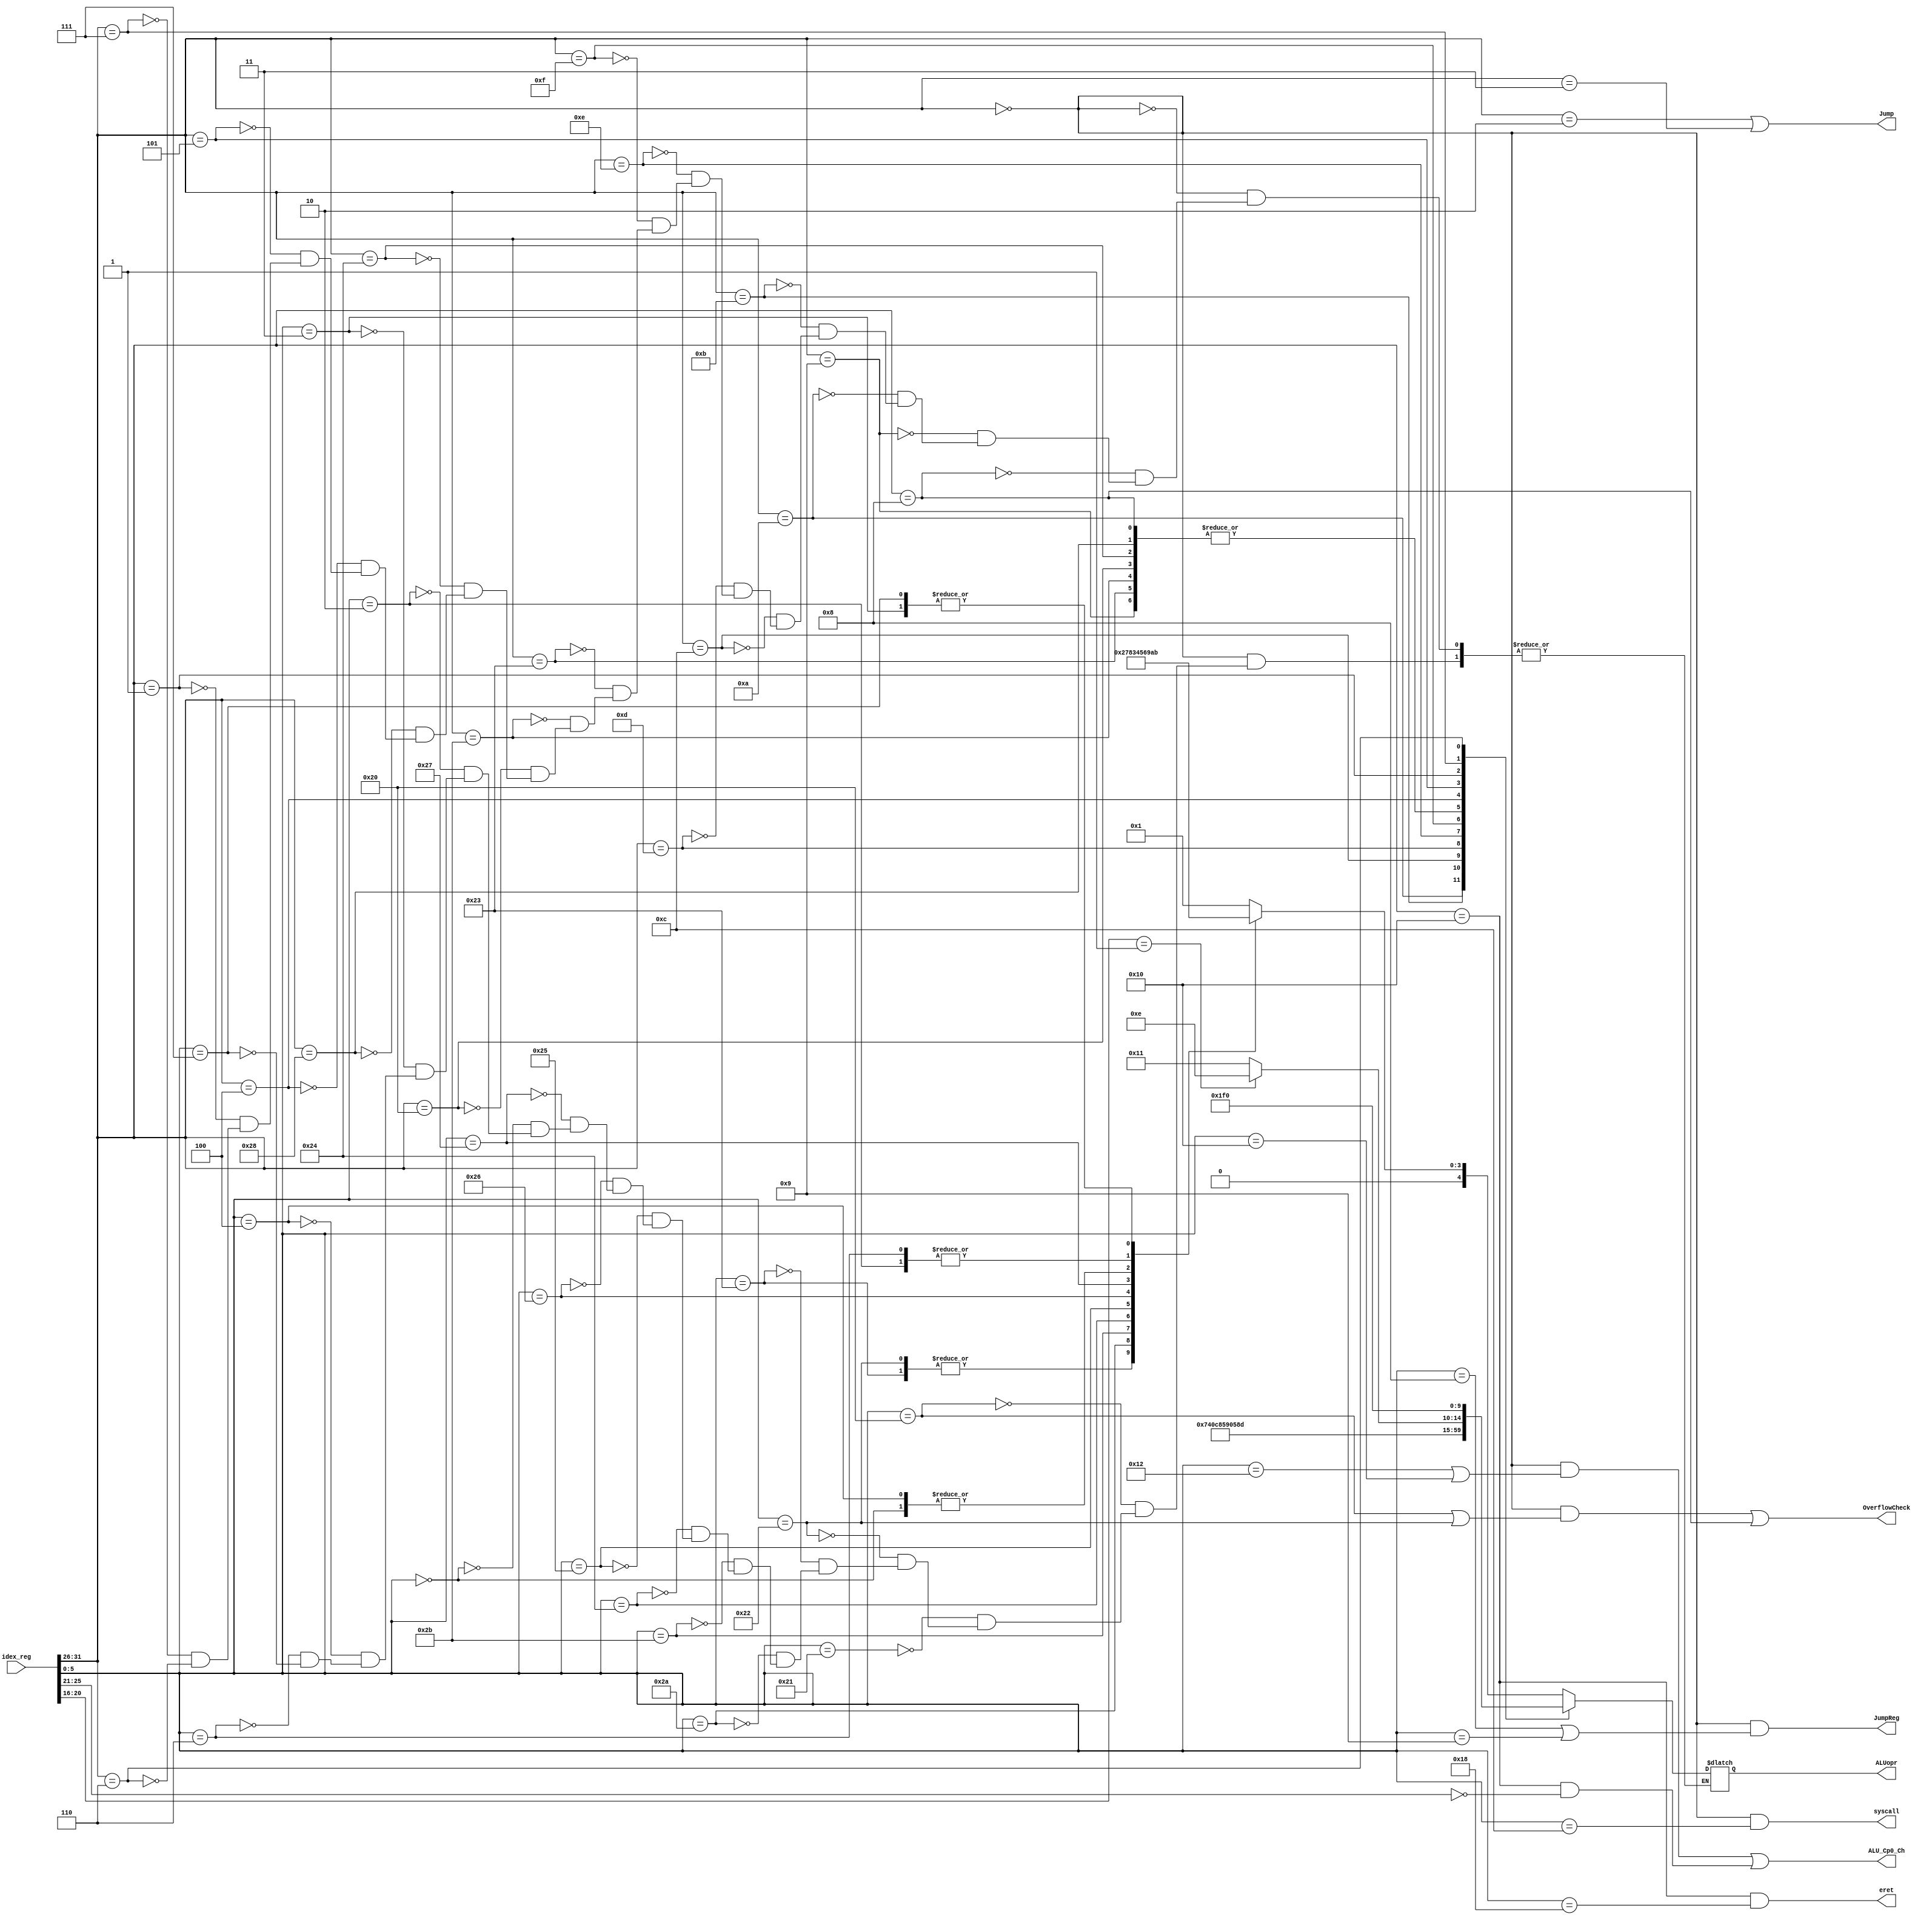
module id_ex_decoder(idex_reg,OverflowCheck,ALUopr,ALU_Cp0_Ch,Jump,JumpReg,syscall,eret);

input wire[159:0] idex_reg;
wire[5:0]         op,funct;
output wire       OverflowCheck,ALU_Cp0_Ch,Jump,JumpReg,syscall,eret;
output reg[4:0]   ALUopr;

assign op=idex_reg[31:26];
assign funct=idex_reg[5:0];
assign OverflowCheck=((op==6'b000000 & (funct==6'b100000 | funct==6'b100010)) | op==6'b001000);
assign ALU_Cp0_Ch=(op==6'b000000 & (funct==6'b010010 | funct==6'b010000))|(op==6'b010000 & idex_reg[25:21]==5'b00000);
assign Jump    = (op==6'b000010 | op==6'b000011);
assign JumpReg = (op==6'b000000 && (funct==6'b001000 | funct==6'b001001));
assign syscall = (op==6'b000000 && funct==6'b001100);
assign eret    = (op==6'b010000 && funct==6'b011000);

always@(*) begin
    case(op)
        6'b000000:
            case(funct)
            6'b100000: ALUopr<=5'b00001;
            6'b100001: ALUopr<=5'b00001;
            6'b100010: ALUopr<=5'b00010;
            6'b100011: ALUopr<=5'b00010;
            6'b101010: ALUopr<=5'b00111;
            6'b101011: ALUopr<=5'b01000;
            6'b100100: ALUopr<=5'b00011;
            6'b100101: ALUopr<=5'b00100;
            6'b100110: ALUopr<=5'b00101;
            6'b100111: ALUopr<=5'b00110;
            6'b000000: ALUopr<=5'b01001;
            6'b000010: ALUopr<=5'b01010;
            6'b000011: ALUopr<=5'b01011;
            6'b000100: ALUopr<=5'b01001;
            6'b000110: ALUopr<=5'b01010;
            6'b000111: ALUopr<=5'b01011;
            endcase
        6'b001000: ALUopr<=5'b00001;
        6'b001001: ALUopr<=5'b00001;
        6'b001010: ALUopr<=5'b00111;
        6'b001011: ALUopr<=5'b01000;
        6'b001100: ALUopr<=5'b00011;
        6'b001101: ALUopr<=5'b00100;
        6'b001110: ALUopr<=5'b00101;
        6'b001111: ALUopr<=5'b10010;
        6'b100011: ALUopr<=5'b00001;
        6'b101011: ALUopr<=5'b00001;
        6'b100000: ALUopr<=5'b00001;
        6'b100100: ALUopr<=5'b00001;
        6'b101000: ALUopr<=5'b00001;
        6'b000100: ALUopr<=5'b01100;
        6'b000101: ALUopr<=5'b01101;
        6'b000001: ALUopr<=(idex_reg[20:16]==5'b00001)?5'b01110:5'b10001;
        6'b000111: ALUopr<=5'b01111;
        6'b000110: ALUopr<=5'b10000;
    endcase
end

endmodule